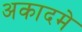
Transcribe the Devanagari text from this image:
अकादमे